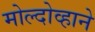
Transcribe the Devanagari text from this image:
मोल्दोव्हाने